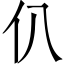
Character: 仈